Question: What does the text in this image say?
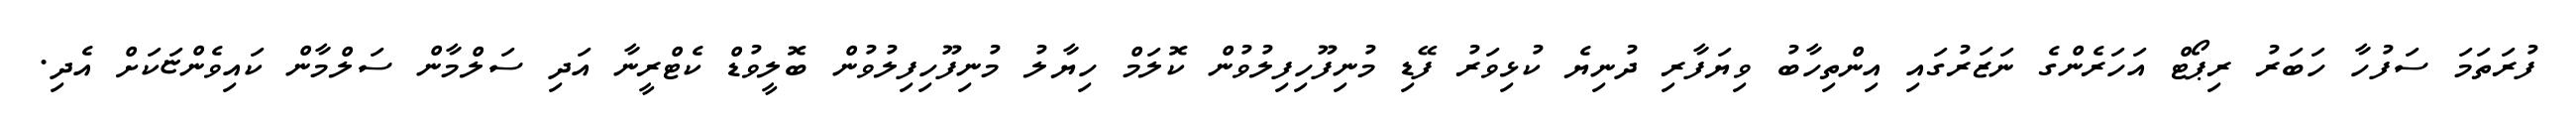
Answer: ފުރަތަމަ ސަފުހާ ހަބަރު ރިޕޯޓް އަހަރެންގެ ނަޒަރުގައި އިންތިހާބު ވިޔަފާރި ދުނިޔެ ކުޅިވަރު ފޭޑި މުނިފޫހިފިލުވުން ކޮލަމް ހިޔާލު މުނިފޫހިފިލުވުން ބޮލީވުޑް ކެޓްރީނާ އަދި ސަލްމާން ސަލްމާން ކައިވެންޏަކަށް އެދި.